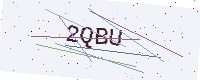
Text: 2QBU